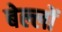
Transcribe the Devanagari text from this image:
बेल्लों